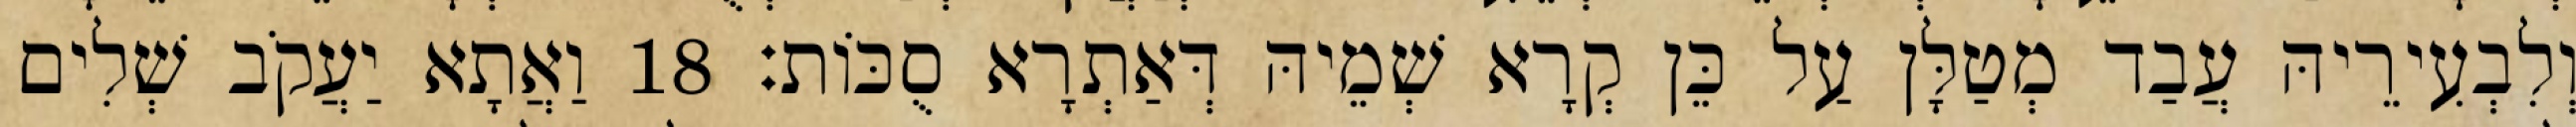
וְלִבְעִירֵיהּ עֲבַד מְטַלָּן עַל כֵּן קְרָא שְׁמֵיהּ דְּאַתְרָא סֻכּוֹת׃ 18 וַאֲתָא יַעֲקֹב שְׁלִים